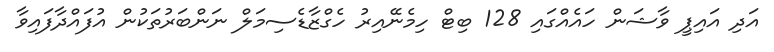
އަދި އައިޕީ ވާޝަން ހައެއްގައި 128 ބިޓް ހިމެނޭއިރު ހެގްޒާޑެސިމަލް ނަންބަރުތަކުން އުފައްދާފައިވާ